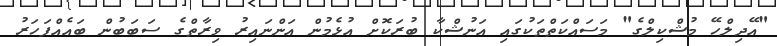
"އޭދިލްހޭ މުޝްކިލްގެ" މަސައްކަތްތަކުގައި އަނުޝްކާ ބުރަކޮށް އުޅެމުން އަންނައިރު ވިރާތްގެ ސަބަބުން ބައެއްފަހަރު